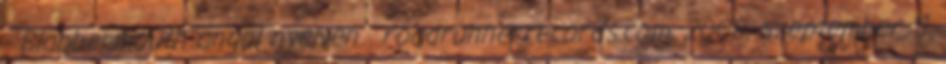
- Blabbermouth angol nyelven . roadrunnerrecords.com, 2008. szeptember 11.